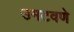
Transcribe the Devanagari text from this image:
उमटवणे